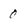
Character: 0